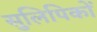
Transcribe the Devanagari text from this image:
सुलिपिकों